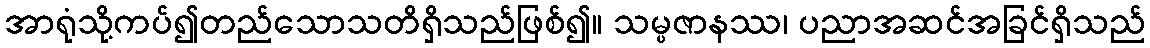
အာရုံသို့ကပ်၍တည်သောသတိရှိသည်ဖြစ်၍။ သမ္ပဇာနဿ၊ ပညာအဆင်အခြင်ရှိသည်